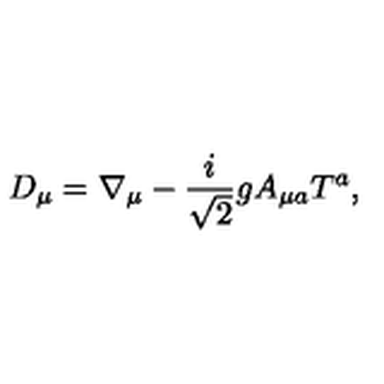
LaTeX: D _ { \mu } = \nabla _ { \mu } - \frac { i } { \sqrt { 2 } } g A _ { \mu a } T ^ { a } ,